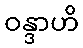
ဝန္ဒာဟိ